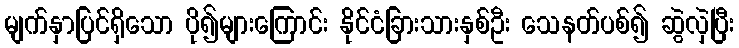
မျက်နှာပြင်ရှိသော ပို၍များကြောင်း နိုင်ငံခြားသားနှစ်ဦး သေနတ်ပစ်၍ ဆွဲလှဲပြီး